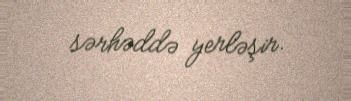
sərhəddə yerləşir.